Civil Veterinary Dept. Assam report 1927-50 - 1927-1950
Year: 1927
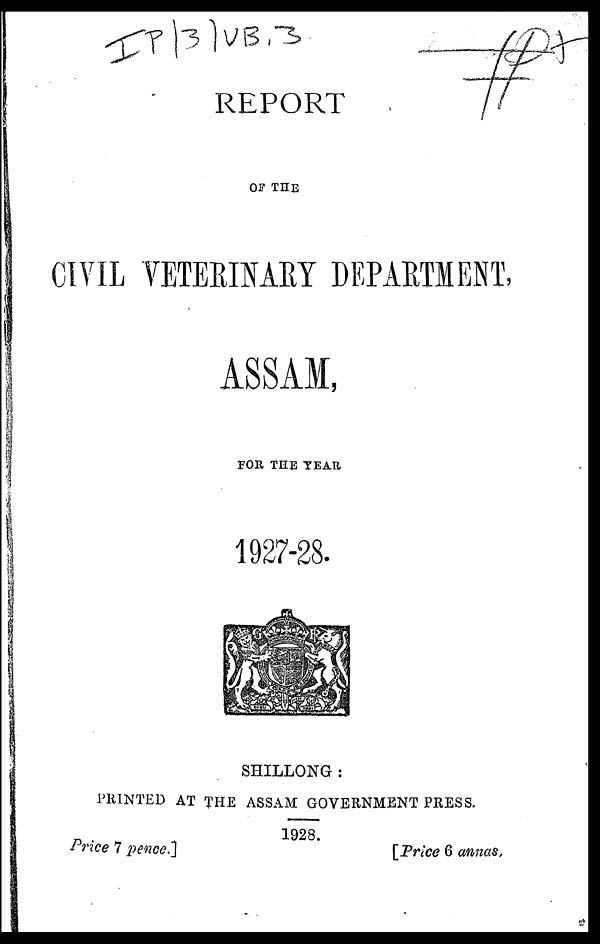
REPORT
OF THE
CIVIL VETERINARY DEPARTMENT,
ASSAM,
FOR THE YEAR
1927-28.
SHILLONG :
PRINTED AT THE ASSAM GOVERNMENT PRESS.
1928.
Price 7
pence.]
[Price 6 annas.